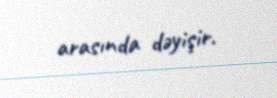
arasında dəyişir.